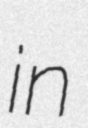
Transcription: in